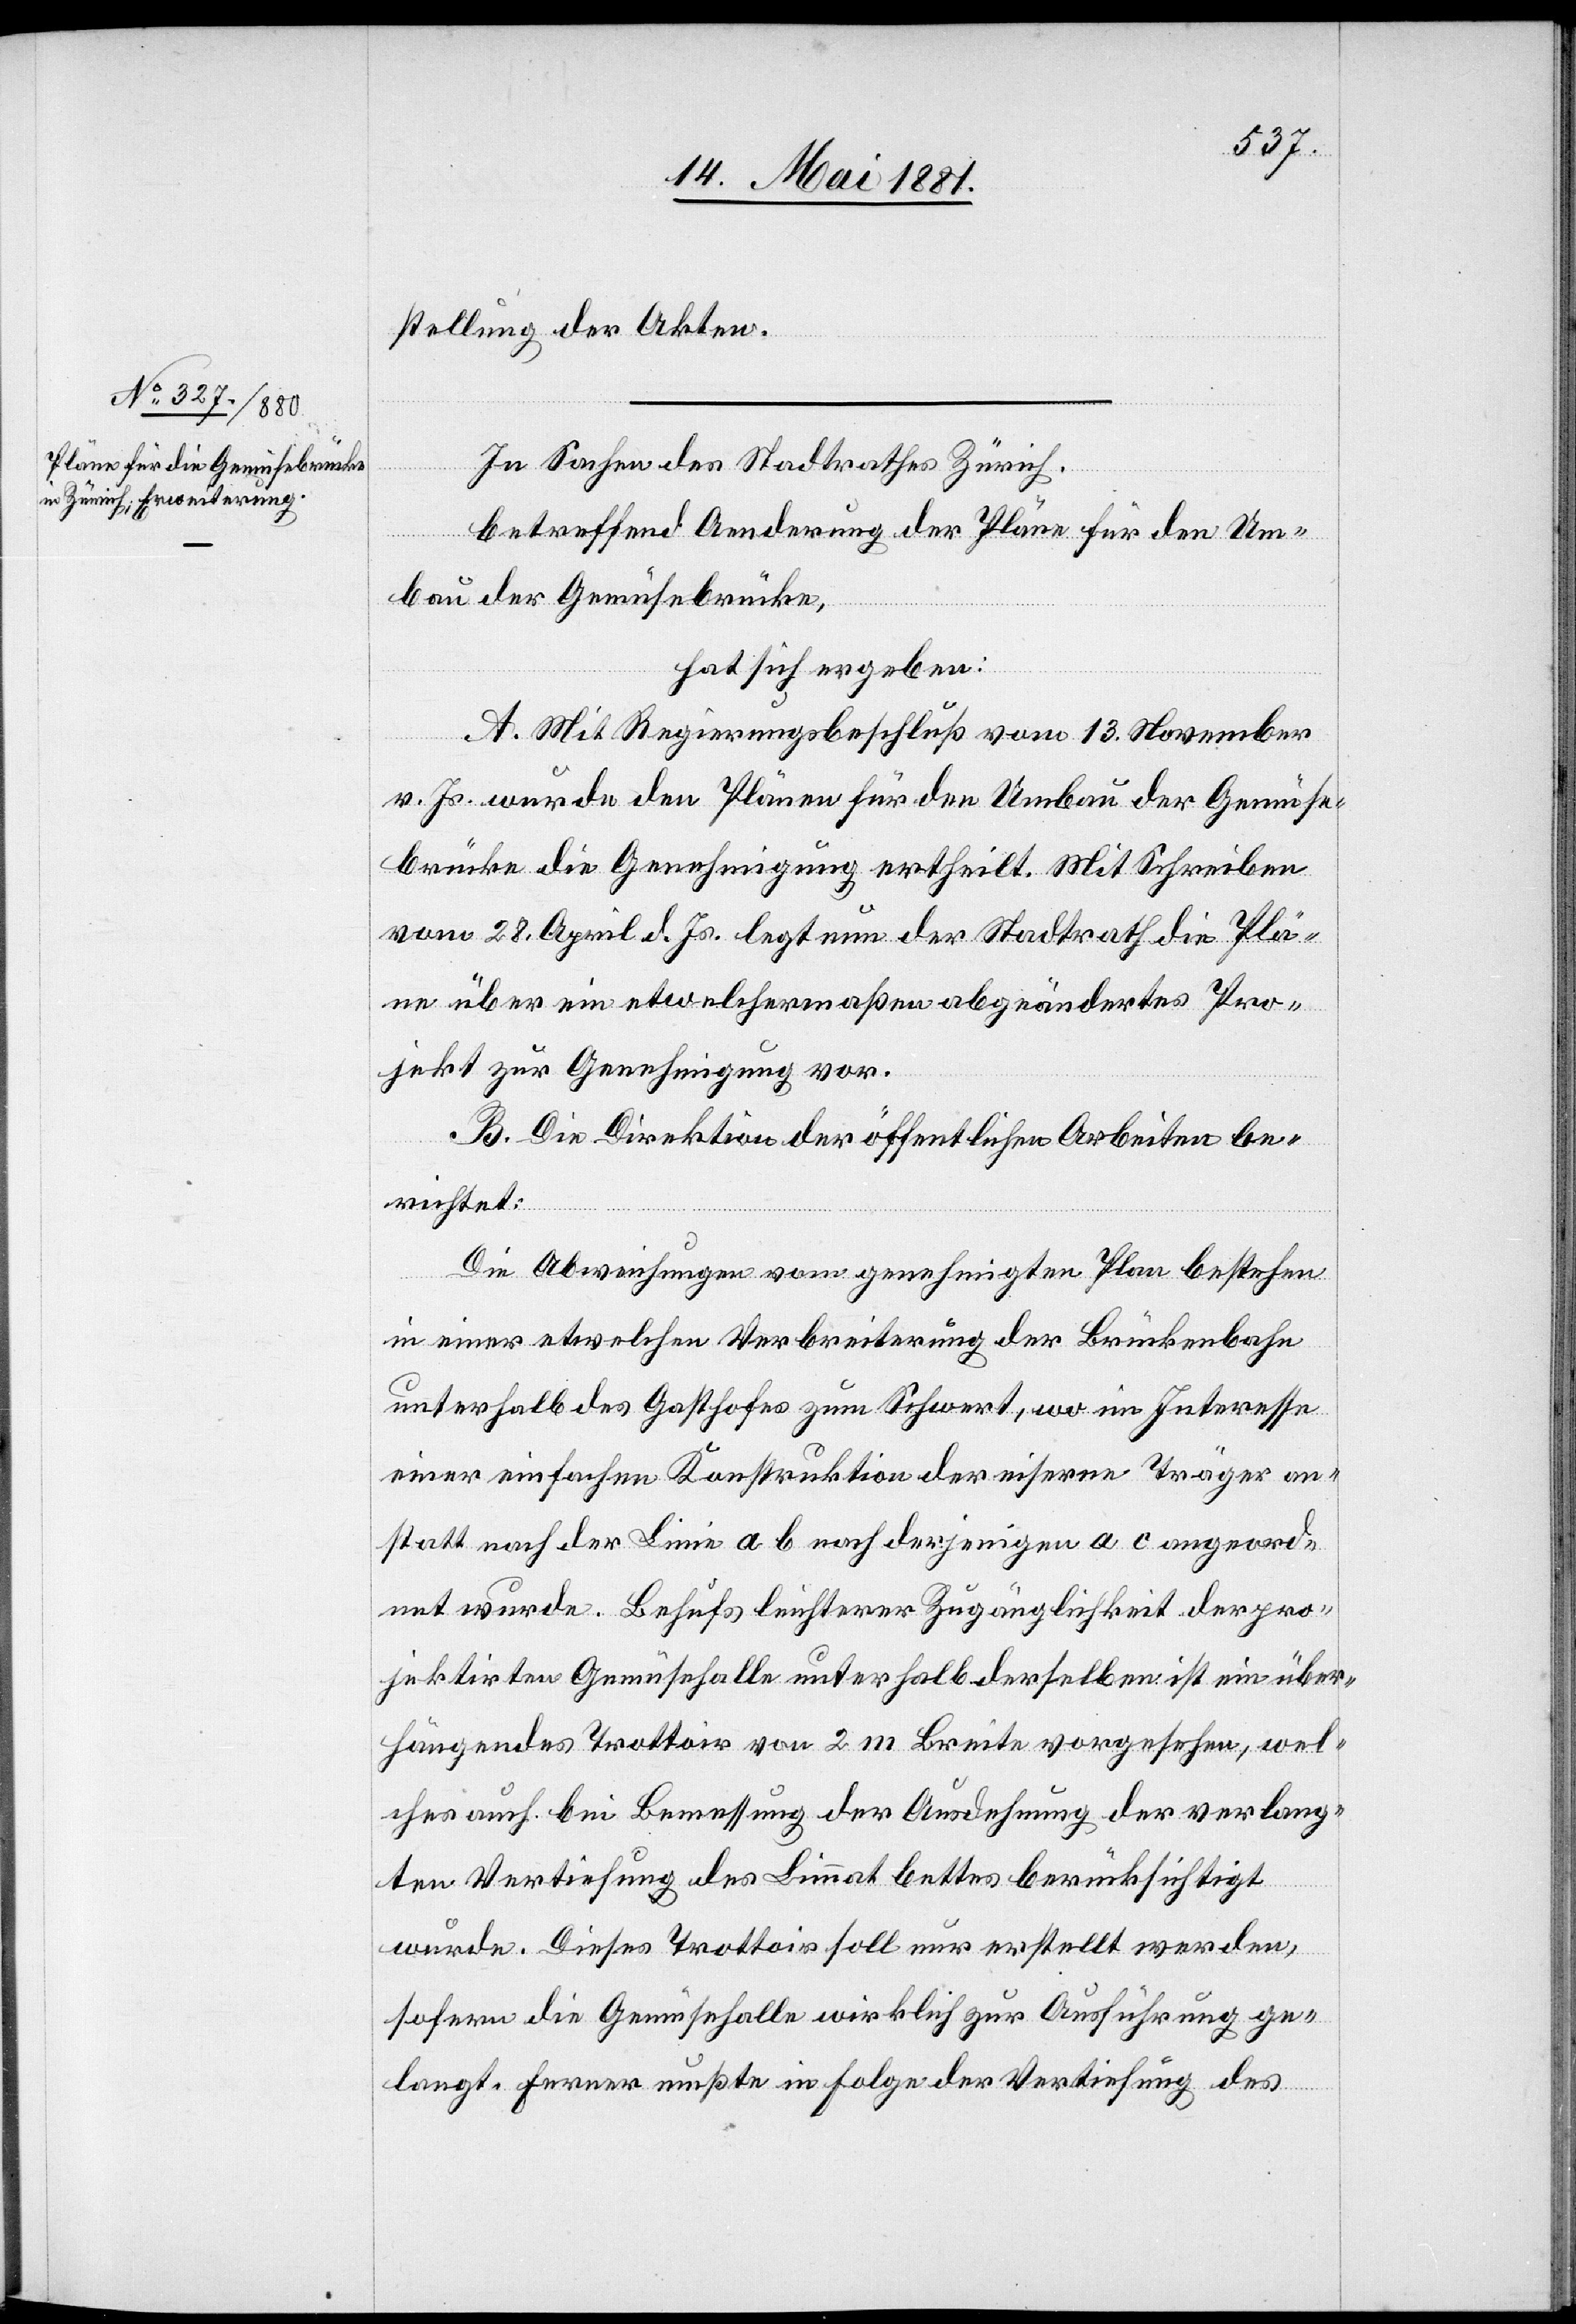
stellung der Akten.
In Sachen des Stadtrathes Zürich,
betreffend Aenderung der Pläne für den Um¬
bau der Gemüsebrücke,
hat sich ergeben:
A. Mit Regierungsbeschluß vom 13. November
v. Js. wurde den Plänen für den Umbau der Gemüse¬
brücke die Genehmigung ertheilt. Mit Schreiben
vom 28. April d. Js. legt nun der Stadtrath die Plä¬
ne über ein etwelchermaßen abgeändertes Pro¬
jekt zur Genehmigung vor.
B. Die Direktion der öffentlichen Arbeiten be¬
richtet:
Die Abweichungen vom genehmigten Plan bestehen
in einer etwelchen Verbreiterung der Brückenbahn
unterhalb des Gasthofes zum Schwert, wo im Interesse
einer einfachen Konstruktion der eisernen Träger an¬
statt nach der Linie a b. nach derjenigen a c angeord¬
net wurde. Behufs leichterer Zugänglichkeit der pro¬
jektirten Gemüsehalle unterhalb derselben ist ein über¬
hängendes Trottoir von 2 m Breite vorgesehen, wel¬
ches auch bei Bemessung der Ausdehnung der verlang¬
ten Vertiefung des Limmatbettes berücksichtigt
wurde. Dieses Trottoir soll nur erstellt werden,
sofern die Gemüsehalle wirklich zur Ausführung ge¬
langt. Ferner mußte in Folge der Vertiefung des